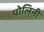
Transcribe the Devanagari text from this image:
पोलिनी